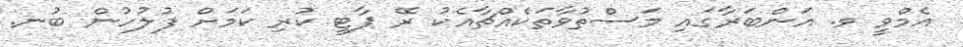
އެމްވީ ވ. އަންބަރާގައި މަސްތުވާތަކެއްޗާއެކު ރޭ ޕާޓީ ކުރި ކަމަށް ފުލުހުން ބުނ.